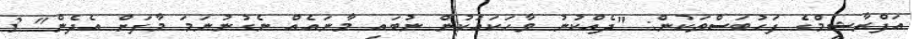
އަފްރާޝީމްގެ ފަހުބަސްތަކުން: "ދެއްކުނު ވާހަކައަކުން ނުބައި މާނައެއް ނެގުނުނަމަ މާފަށް އެދެން" 3